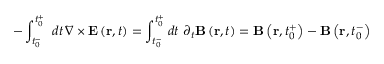
- \int _ { t _ { 0 } ^ { - } } ^ { t _ { 0 } ^ { + } } \, \, d t \, \nabla \times \mathbf { E } \left( \mathbf { r } , t \right) = \int _ { t _ { 0 } ^ { - } } ^ { t _ { 0 } ^ { + } } d t \, \, \partial _ { t } \mathbf { B } \left( \mathbf { r } , t \right) = \mathbf { B } \left( \mathbf { r } , t _ { 0 } ^ { + } \right) - \mathbf { B } \left( \mathbf { r } , t _ { 0 } ^ { - } \right)